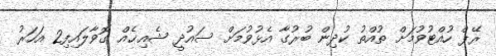
ރޭޕް ހުއްޓުވުމަށް ތުއްތު ކުދިން ބުރުގާ އެޅުވުމަށް ސައުދީ ޝެއިޚެއް ގޮވާލައިފި2 އަހަރު